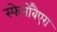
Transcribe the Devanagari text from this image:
स्फेनोबैएरा